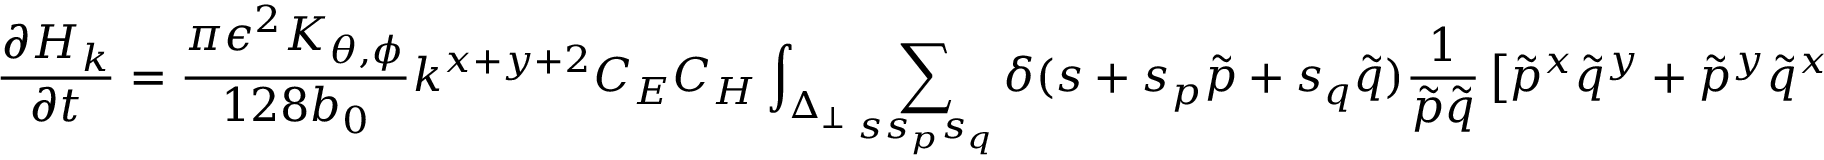
\frac { \partial H _ { k } } { \partial t } = \frac { \pi \epsilon ^ { 2 } K _ { \theta , \phi } } { 1 2 8 b _ { 0 } } k ^ { x + y + 2 } C _ { E } C _ { H } \int _ { \Delta _ { \perp } } \sum _ { s s _ { p } s _ { q } } \delta ( s + s _ { p } \tilde { p } + s _ { q } \tilde { q } ) \frac { 1 } { \tilde { p } \tilde { q } } \left[ { \tilde { p } } ^ { x } { \tilde { q } } ^ { y } + { \tilde { p } } ^ { y } { \tilde { q } } ^ { x } \right.